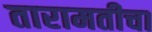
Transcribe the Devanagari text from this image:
तारामतीचा